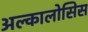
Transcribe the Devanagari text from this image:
अल्कालोसिस